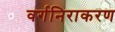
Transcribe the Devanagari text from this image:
वर्गनिराकरण